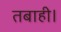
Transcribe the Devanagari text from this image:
तबाही।